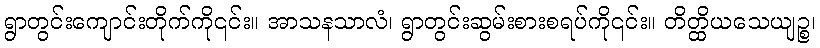
ရွာတွင်းကျောင်းတိုက်ကို၎င်း။ အာသနသာလံ၊ ရွာတွင်းဆွမ်းစားစရပ်ကို၎င်း။ တိတ္ထိယသေယျဉ္စ၊